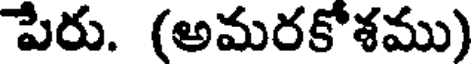
పేరు. (అమరకోశము)